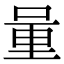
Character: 𨤥